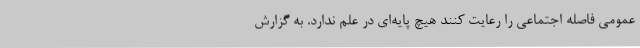
عمومی فاصله اجتماعی را رعایت کنند هیچ پایه‌ای در علم ندارد. به گزارش